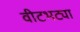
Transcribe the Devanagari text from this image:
वीटभट्या